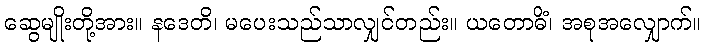
ဆွေမျိုးတို့အား။ နဒေတိ၊ မပေးသည်သာလျှင်တည်း။ ယတောဓိံ၊ အစုအလျှောက်။